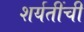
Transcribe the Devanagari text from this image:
शर्यतींची